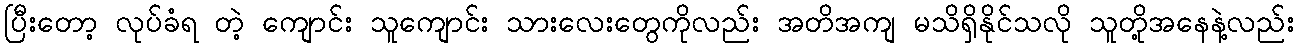
ပြီးတော့ လုပ်ခံရ တဲ့ ကျောင်း သူကျောင်း သားလေးတွေကိုလည်း အတိအကျ မသိရှိနိုင်သလို သူတို့အနေနဲ့လည်း